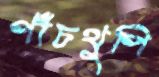
পাঁচথুপি